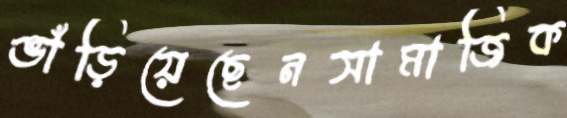
ভাঁড়িয়েছেনসামাজিক